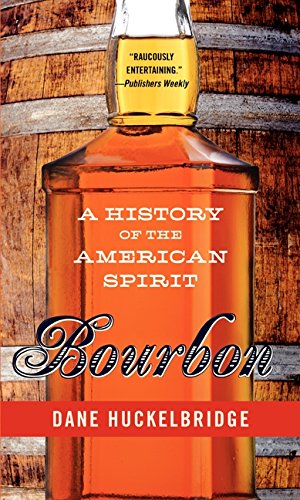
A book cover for Bourbon: A History of the American Spirit; Dane Huckelbridge; Cookbooks, Food & Wine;